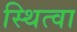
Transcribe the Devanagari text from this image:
स्थित्वा